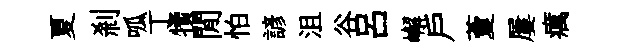
夏剎呱丁犢閒怕諺沮谷吕嶰戶藑屢癘